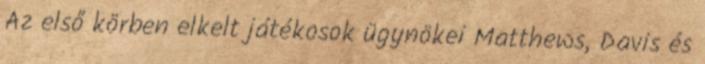
Az első körben elkelt játékosok ügynökei Matthews, Davis és